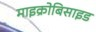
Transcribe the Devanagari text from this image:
माइक्रोबिसाइड